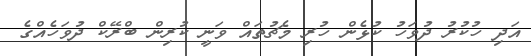
އަދި ހުކުރު ދުވަހު ކުޅެން ހުރި މެޗުތައް ވަނީ ކުރިން ބްރޭކް ދުވަހެއްގެ